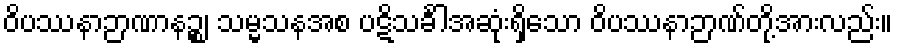
ဝိပဿနာဉာဏာနဉ္စ၊ သမ္မသနအစ ပဋိသင်္ခါအဆုံးရှိသော ဝိပဿနာဉာဏ်တို့အားလည်း။